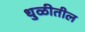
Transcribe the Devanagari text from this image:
धुळीतील